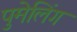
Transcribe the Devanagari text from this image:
पुमेलिंग